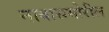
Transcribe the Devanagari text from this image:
नावासमोरील